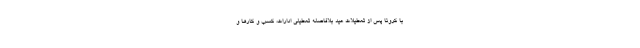
با کرونا پس از تعطیلات عید بلافاصله تعطیلی ادارات، کسب و کارها و